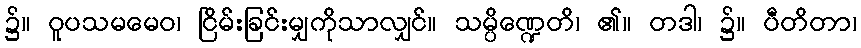
၌။ ဝူပသမမေဝ၊ ငြိမ်းခြင်းမျှကိုသာလျှင်။ သမ္ပိဏ္ဍေတိ၊ ၏။ တဒါ၊ ၌။ ပီတိတာ၊